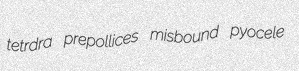
tetrdra prepollices misbound pyocele